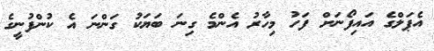
އެޕަލްގެ އައިފޯނަށް ފަހު މިހާރު އެންމެ ގިނަ ބަޔަކު ގަންނަ އެ ކުންފުނީގެ